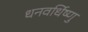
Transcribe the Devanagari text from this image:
धनवर्धिष्णु